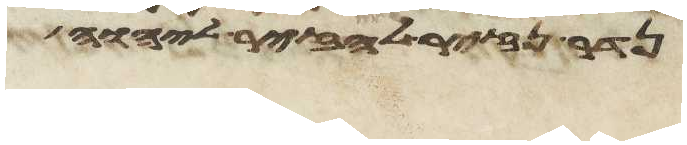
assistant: יהוה ויהי ככלותו